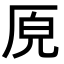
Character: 𭆅